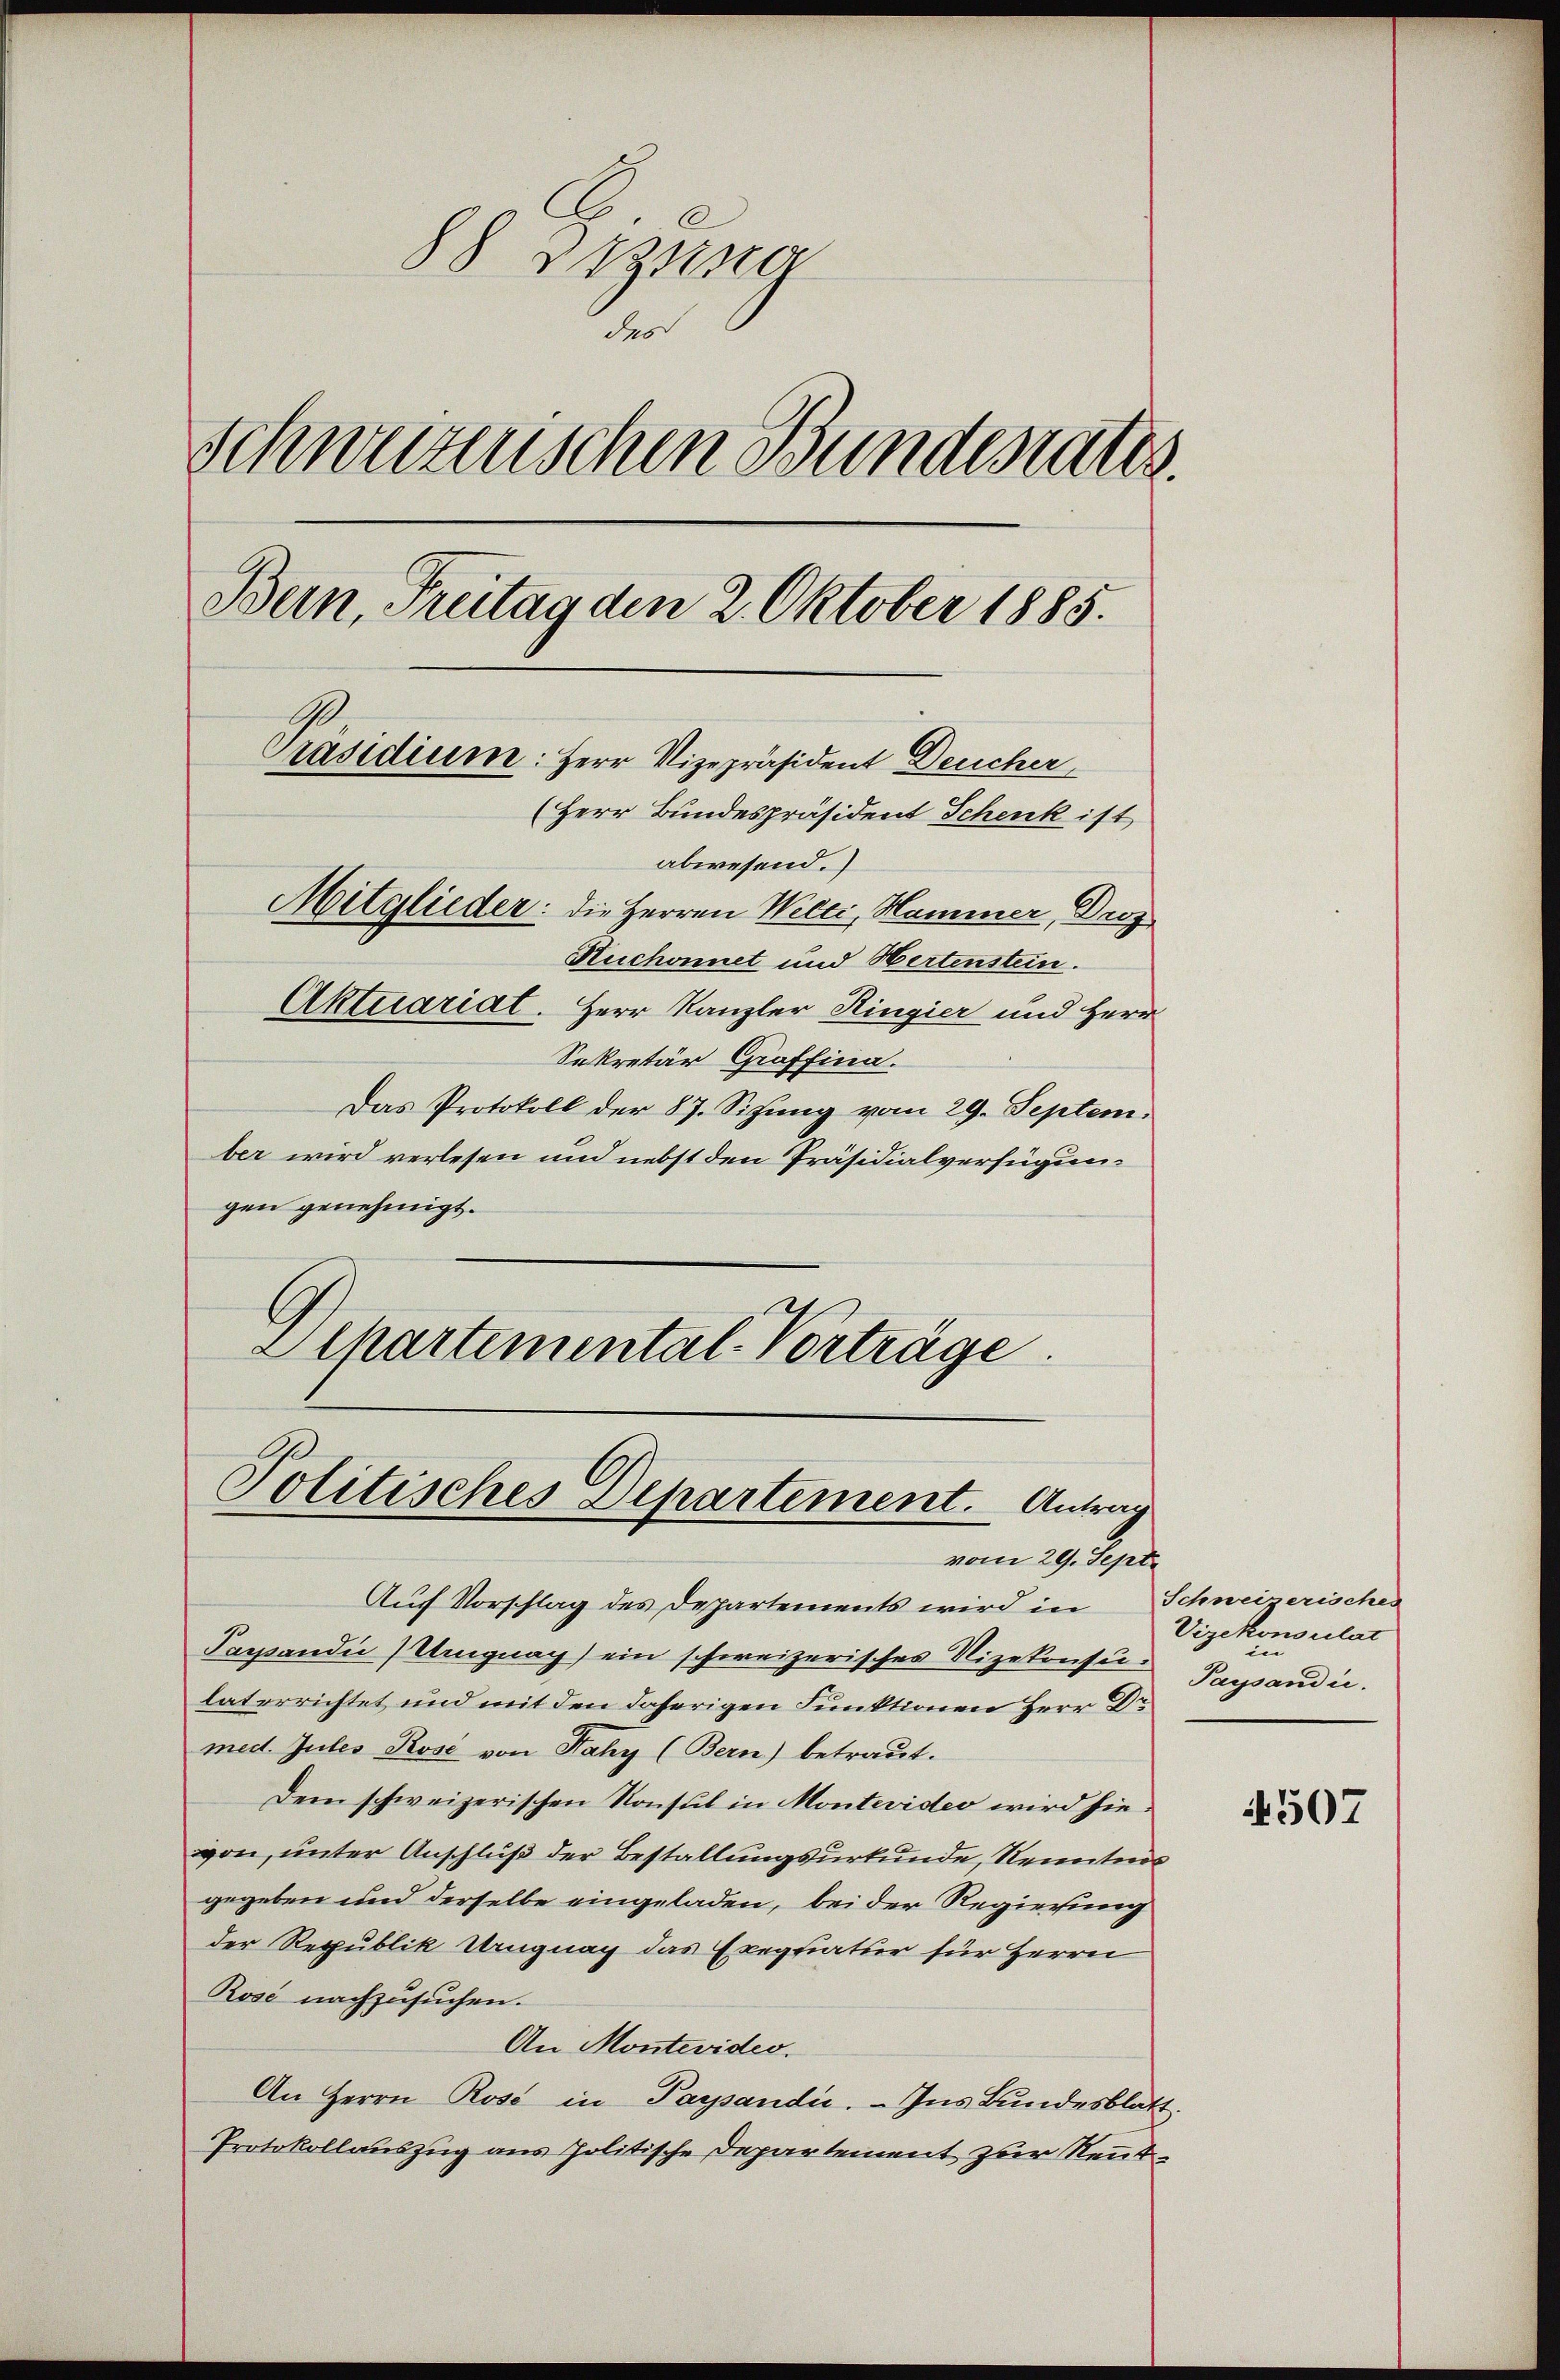
88 Dezung
der
Schweizerischen Bundesrates
Bern, Freitag den 2. Oktober 1885.
Präsidium: Herr Vizepräsident Deucher
(Herr Bundespräsident Schenk ist
abwesend.
Mitglieder: die Herren Welti, Hammer, Droz
Huchonnet und Wertenstein.
Aktuariat. Herr Kanzler Ringier und Herr

Sekretär Graffina.
Das Protokoll der 87. Sitzung vom 29. September wird verlesen und nebst den Präsidialverfügungen genehmigt.
Echartemental-Vorträge.

Politisches Departement. Antrag
vom 29. Sept.

Auf Vorschlag des Departements wird in Schweizerisches
Paspendii Ungnag) ein schweizerisches Nizekonsulaterrichtet und mit den daherigen Funktionen Herr Dr
med. Gutes Kose von Fahy (Bern) betraut.
Dem schweizerischen Konsul in Montevideo wird hievon, unter Anschluß der Bestallungsurkunde, Renntnis
gegeben und derselbe eingeladen, bei der Regierung
der Republik Ungnag das Exequatur für Herrn
Rose nachzusuchen.
An Montevides.
An Herrn Rose in Passandie. - Ins Bundesblatt.
Protokollauszug aus politische Departement zur Rent¬

Vizekonsulat
in
Passandić.

4507